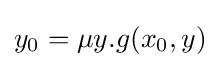
y_{0}=\mu y.g(x_{0},y)